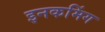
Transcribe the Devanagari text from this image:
इनकमिंग